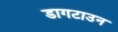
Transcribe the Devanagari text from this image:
डागटाउन